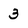
Character: 3